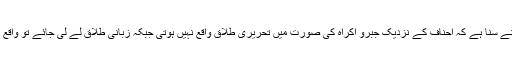
کیونکہ میں نے سنا ہے کہ احناف کے نزدیک جبرو اکراہ کی صورت میں تحریری طلاق واقع نہیں ہوتی جبکہ زبانی طلاق لے لی جائے تو واقع ہو جاتی ہے۔